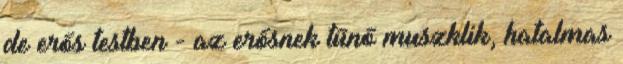
de erős testben - az erősnek tűnő muszklik, hatalmas